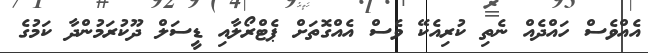
އެއްވެސް ހައްދެއް ނެތި ކުރިއެކޭ ވެސް އެއްގޮތަށް ޕެޓްރޯލާއި ޑީސަލް ދޫކުރަމުންދާ ކަމުގެ